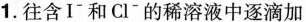
1.往含I^{-}和Cl^{-}的稀溶液中逐滴加